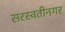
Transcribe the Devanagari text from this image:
सरस्वतीनगर